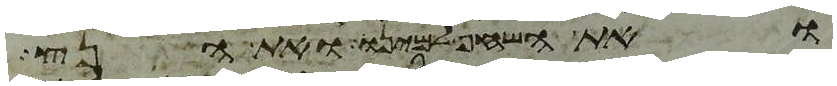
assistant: ואת השחף למינו ואת הנץ